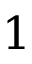
1